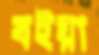
বইয়া